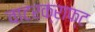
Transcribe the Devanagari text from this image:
वाटरक्राफ्ट